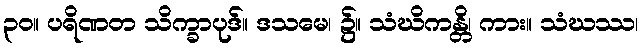
၃၀။ ပရိဏတ သိက္ခာပုဒ်။ ဒသမေ၊ ၌။ သံဃိကန္တိ၊ ကား။ သံဃဿ၊